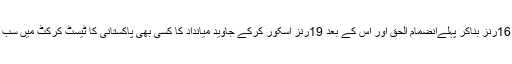
38سالہ یونس خان نے بوظہبی ٹیسٹ 16رنز بناکر پہلےانضمام الحق اور اس کے بعد 19رنز اسکور کرکے جاوید میانداد کا کسی بھی پاکستانی کا ٹیسٹ کرکٹ میں سب سے زیاد رنز کا ریکارڈ اپنے نام کیا۔